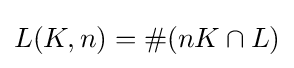
L(K,n)=\#(nK\cap L)